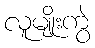
လူမျိုးကွဲ